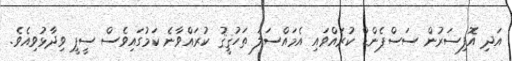
އަދި އޮފިސަރުން ސަސްޕެންޑް ކުރައްވައި އެމައްސަލަ ތަހުޤީޤު ކުރައްވާނެ ކަމުގައިވެސް ސީޕީ ވިދާޅުވިއެވެ.